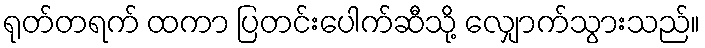
ရုတ်တရက် ထကာ ပြတင်းပေါက်ဆီသို့ လျှောက်သွားသည်။